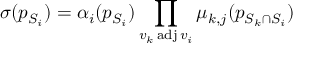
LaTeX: \sigma ( p _ { S _ { i } } ) = \alpha _ { i } ( p _ { S _ { i } } ) \prod _ { v _ { k } \operatorname { a d j } v _ { i } } \mu _ { k , j } ( p _ { S _ { k } \cap S _ { i } } )